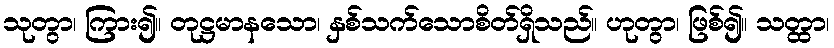
သုတွာ၊ ကြား၍။ တုဋ္ဌမာနသော၊ နှစ်သက်သောစိတ်ရှိသည်။ ဟုတွာ၊ ဖြစ်၍။ သတ္ထာ၊